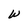
Character: W